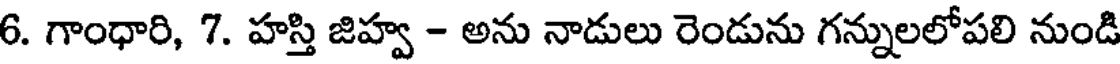
6. గాంధారి, 7. హస్తి జిహ్వ - అను నాడులు రెండును గన్నులలోపలి నుండి